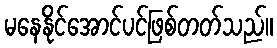
မနေနိုင်အောင်ပင်ဖြစ်တတ်သည်။